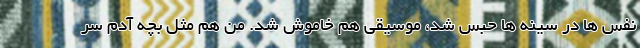
نفس ها در سینه ها حبس شد، موسیقی هم خاموش شد. من هم مثل بچه آدم سر